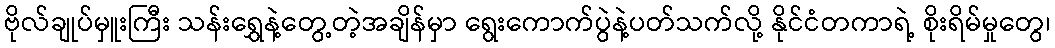
ဗိုလ်ချုပ်မှူးကြီး သန်းရွှေနဲ့တွေ့တဲ့အချိန်မှာ ရွေးကောက်ပွဲနဲ့ပတ်သက်လို့ နိုင်ငံတကာရဲ့ စိုးရိမ်မှုတွေ၊